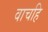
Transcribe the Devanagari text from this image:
वाचहि